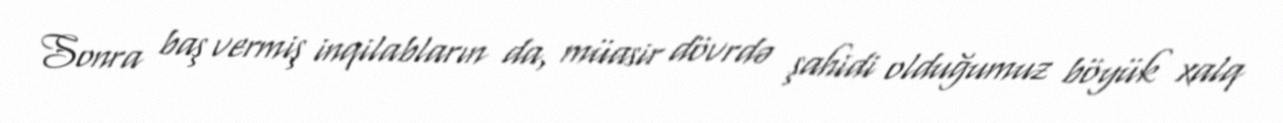
Sonra baş vermiş inqilabların da, müasir dövrdə şahidi olduğumuz böyük xalq